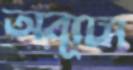
অব্যূঢা